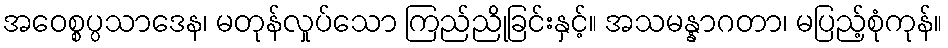
အဝေစ္စပ္ပသာဒေန၊ မတုန်လှုပ်သော ကြည်ညိုခြင်းနှင့်။ အသမန္နာဂတာ၊ မပြည့်စုံကုန်။